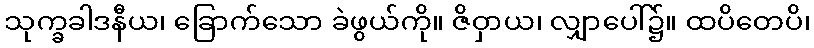
သုက္ခခါဒနီယ၊ ခြောက်သော ခဲဖွယ်ကို။ ဇိဝှာယ၊ လျှာပေါ်၌။ ထပိတေပိ၊